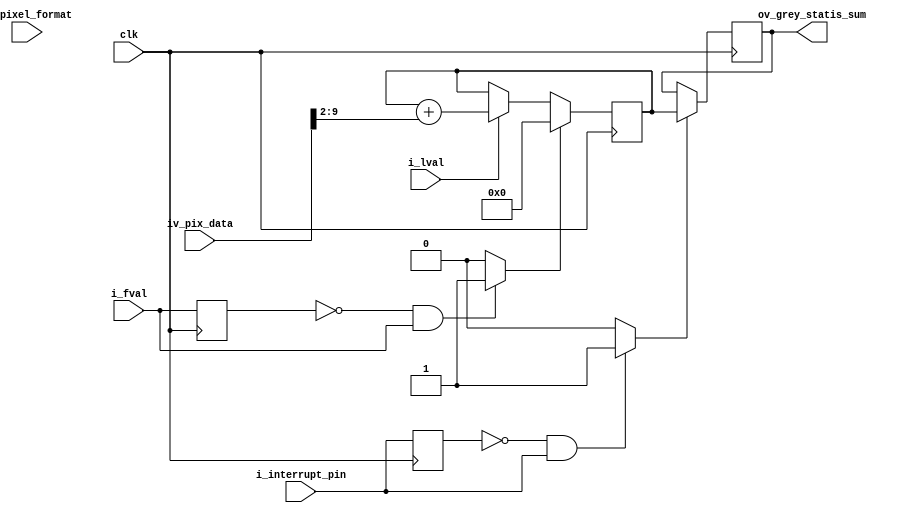
//-------------------------------------------------------------------------------------------------
//  --    : , 2010 -2015.
//  --      .
//  --          : FPGA
//  --        : grey_statis
//  --        : 
//-------------------------------------------------------------------------------------------------
//
//  --  :
//
//  --          :| 				:|  
//-------------------------------------------------------------------------------------------------
//  --        :| 2015/3/18 15:16:24	:|  
//-------------------------------------------------------------------------------------------------
//
//  --      : 
//              1)  :  aoi 
//
//              2)  : o_fval1
//
//              3)  : 8bit-8bit-
//
//-------------------------------------------------------------------------------------------------
///
`timescale 1ns/1ps
//-------------------------------------------------------------------------------------------------

module grey_statis # (
	parameter						SENSOR_DAT_WIDTH	= 10	,	//sensor 
	parameter						GREY_STATIS_WIDTH	= 48	,	//
	parameter						REG_WD				= 32		//
	)
	(
	//Sensor
	input								clk						,	//
	input								i_fval					,	//
	input								i_lval					,	//
	input	[SENSOR_DAT_WIDTH-1:0]		iv_pix_data				,	//
	//
	input								i_interrupt_pin			,	//1-
	//
	input	[REG_WD-1:0]				iv_pixel_format			,	//0x01080001:Mono80x01100003:Mono100x01080008:BayerGR80x0110000C:BayerGR10
	output	[GREY_STATIS_WIDTH-1:0]		ov_grey_statis_sum			//8bit8bit10bit10bit
	);

	//	ref signals

	reg									fval_dly0		= 1'b0;
	reg									fval_dly1		= 1'b0;
	wire								fval_rise		;
	reg									int_pin_dly		= 1'b0;
	wire								int_pin_rise	;
//	reg									format8_sel		= 1'b0;
	reg		[GREY_STATIS_WIDTH-1:0]		grey_statis		= {GREY_STATIS_WIDTH{1'b0}};
	reg		[GREY_STATIS_WIDTH-1:0]		grey_statis_reg	= {GREY_STATIS_WIDTH{1'b0}};



	//	ref ARCHITECTURE


	//  ===============================================================================================
	//	ref *** ***
	//  ===============================================================================================
	//  -------------------------------------------------------------------------------------
	//	
	//  -------------------------------------------------------------------------------------
	always @ (posedge clk) begin
		fval_dly0	<= i_fval;
	end
	assign	fval_rise	= (fval_dly0==1'b0 && i_fval==1'b1) ? 1'b1 : 1'b0;

	//  -------------------------------------------------------------------------------------
	//	
	//  -------------------------------------------------------------------------------------
	always @ (posedge clk) begin
		int_pin_dly	<= i_interrupt_pin;
	end
	assign	int_pin_rise	= (int_pin_dly==1'b0 && i_interrupt_pin==1'b1) ? 1'b1 : 1'b0;

	//  ===============================================================================================
	//	ref ******
	//  ===============================================================================================
	//	//  -------------------------------------------------------------------------------------
	//	//	Mono8		- 0x01080001	-> 0x1081	-> 0001,0000,1000,,,,0001
	//	//	Mono10		- 0x01100003	-> 0x1103	-> 0001,0001,0000,,,,0011
	//	//	BayerGR8	- 0x01080008	-> 0x1088	-> 0001,0000,1000,,,,1000
	//	//	BayerGR10	- 0x0110000C	-> 0x110C	-> 0001,0001,0000,,,,1100
	//	//											   --------!-!-------!!!!
	//	//                                                     ^    ^       ^------bit0
	//	//                                             bit20---|    |---bit16
	//	//	 ! bit. bit
	//	//  -------------------------------------------------------------------------------------
	//	//  -------------------------------------------------------------------------------------
	//	//	format8_sel
	//	//	1.8bit
	//	//	2.6bit
	//	//  -------------------------------------------------------------------------------------
	//	always @ (posedge clk) begin
	//		case({iv_pixel_format[20],iv_pixel_format[19],iv_pixel_format[3:0]})
	//			6'b010001	: format8_sel	<= 1'b1;
	//			6'b011000	: format8_sel	<= 1'b1;
	//			default		: format8_sel	<= 1'b0;
	//		endcase
	//	end

	//	//  -------------------------------------------------------------------------------------
	//	//	
	//	//	1.
	//	//	2.lval
	//	//	3.8bit8bit10bit10bit
	//	//  -------------------------------------------------------------------------------------
	//	always @ (posedge clk) begin
	//		if(fval_rise) begin
	//			grey_statis	<= {GREY_STATIS_WIDTH{1'b0}};
	//		end
	//		else begin
	//			if(i_lval) begin
	//				if(format8_sel) begin
	//					grey_statis	<= grey_statis + iv_pix_data[SENSOR_DAT_WIDTH-1:SENSOR_DAT_WIDTH-8];
	//				end
	//				else begin
	//					grey_statis	<= grey_statis + iv_pix_data[SENSOR_DAT_WIDTH-1:0];
	//				end
	//
	//			end
	//		end
	//	end

	//  -------------------------------------------------------------------------------------
	//	
	//	1.
	//	2.lval
	//	3.8bit8bit10bit8bit
	//  -------------------------------------------------------------------------------------
	always @ (posedge clk) begin
		if(fval_rise) begin
			grey_statis	<= {GREY_STATIS_WIDTH{1'b0}};
		end
		else begin
			if(i_lval) begin
				grey_statis	<= grey_statis + iv_pix_data[SENSOR_DAT_WIDTH-1:SENSOR_DAT_WIDTH-8];
			end
		end
	end

	//  ===============================================================================================
	//	ref ******
	//  ===============================================================================================
	//  -------------------------------------------------------------------------------------
	//	
	//  -------------------------------------------------------------------------------------
	always @ (posedge clk) begin
		if(int_pin_rise) begin
			grey_statis_reg	<= grey_statis;
		end
	end
	assign	ov_grey_statis_sum	= grey_statis_reg;


endmodule